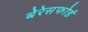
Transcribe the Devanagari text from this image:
बेरेसफोर्ड